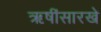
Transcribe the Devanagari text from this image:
ऋषींसारखे